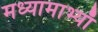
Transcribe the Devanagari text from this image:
मध्यामाभ्याँ